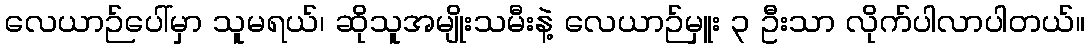
လေယာဉ်ပေါ်မှာ သူမရယ်၊ ဆိုသူအမျိုးသမီးနဲ့ လေယာဉ်မှူး ၃ ဦးသာ လိုက်ပါလာပါတယ်။